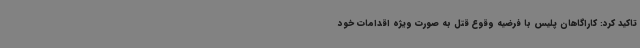
تاکید کرد: کاراگاهان پلیس با فرضیه وقوع قتل به صورت ویژه اقدامات خود